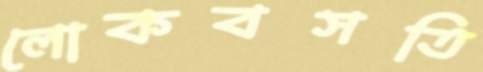
লোকবসতি